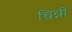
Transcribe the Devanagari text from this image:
चिन्नी